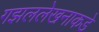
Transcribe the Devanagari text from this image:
गझललेखनाकडे